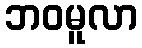
ဘဝမူလာ